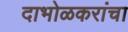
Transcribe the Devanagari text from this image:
दाभोळकरांचा